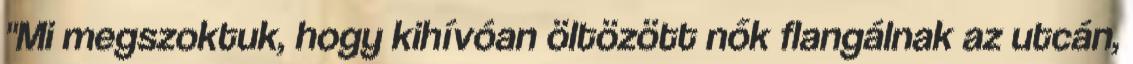
"Mi megszoktuk, hogy kihívóan öltözött nők flangálnak az utcán,